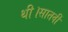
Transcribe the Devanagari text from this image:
थी।सातवीं